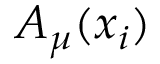
A _ { \mu } ( x _ { i } )